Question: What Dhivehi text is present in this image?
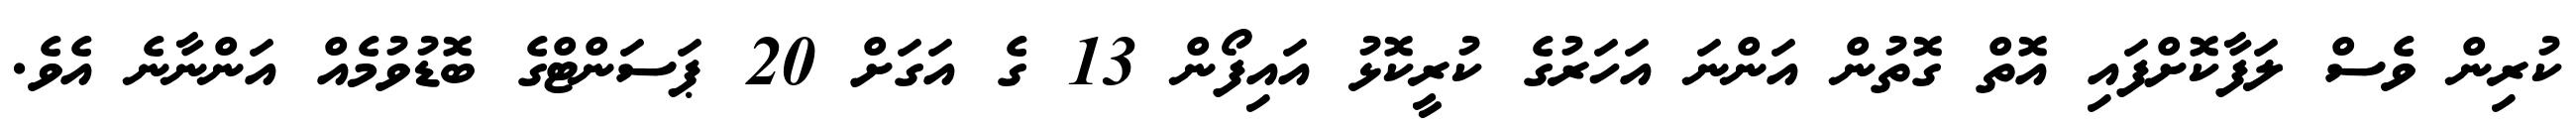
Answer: ކުރިން ވެސް ލަފާކޮށްފައި އޮތް ގޮތުން އަންނަ އަހަރުގެ ކުރީކޮޅު އައިފޯން 13 ގެ އަގަށް 20 ޕަސަންޓްގެ ބޮޑުވުމެއް އަންނާނެ އެވެ.